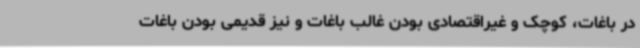
در باغات، کوچک و غیراقتصادی بودن غالب باغات و نیز قدیمی بودن باغات